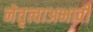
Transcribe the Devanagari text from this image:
नेतृत्वाअभावी